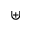
\uplus